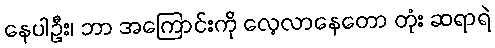
နေပါဦး၊ ဘာ အကြောင်းကို လေ့လာနေတော တုံး ဆရာရဲ